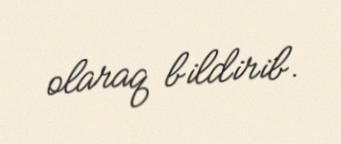
olaraq bildirib.